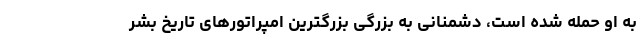
به او حمله شده است، دشمنانی به بزرگی بزرگترین امپراتورهای تاریخ بشر